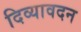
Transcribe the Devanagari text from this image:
दिव्‍यावदन